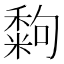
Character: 𥢀